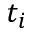
t _ { i }